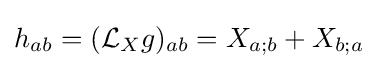
h_{ab}=({\mathcal {L}}_{X}g)_{ab}=X_{a;b}+X_{b;a}